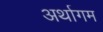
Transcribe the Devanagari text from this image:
अर्थागम